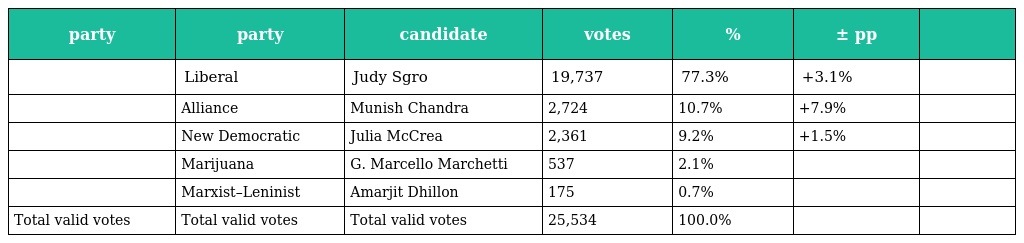
| party | party | candidate | votes | % | ± pp |  |
 | --- | --- | --- | --- | --- | --- | --- |
 |  | Liberal | Judy Sgro | 19,737 | 77.3% | +3.1% |  |
 |  | Alliance | Munish Chandra | 2,724 | 10.7% | +7.9% |  |
 |  | New Democratic | Julia McCrea | 2,361 | 9.2% | +1.5% |  |
 |  | Marijuana | G. Marcello Marchetti | 537 | 2.1% |  |  |
 |  | Marxist–Leninist | Amarjit Dhillon | 175 | 0.7% |  |  |
 | Total valid votes | Total valid votes | Total valid votes | 25,534 | 100.0% |  |  |